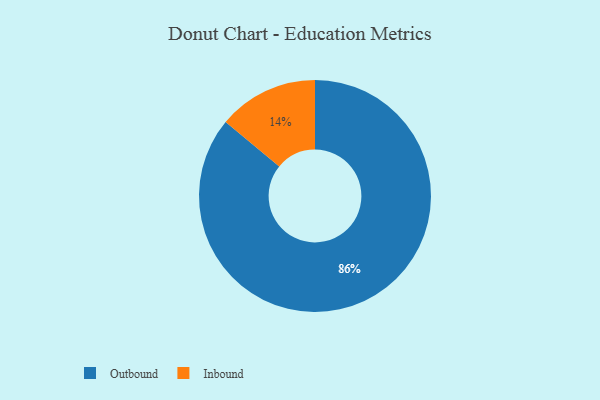
{"axis": {"x": "Category", "y": "Percentage"}, "legend": ["Inbound", "Outbound"], "data": [{"x": "Outbound", "y": 86, "type": "Outbound"}, {"x": "Inbound", "y": 14, "type": "Inbound"}]}